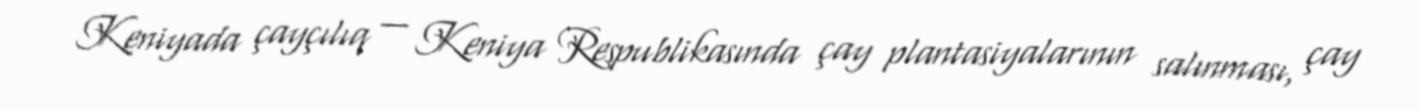
Keniyada çayçılıq — Keniya Respublikasında çay plantasiyalarının salınması, çay